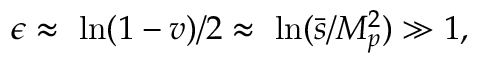
\epsilon \approx ~ \ln ( 1 - v ) / 2 \approx ~ \ln ( \bar { s } / { \cal M } _ { p } ^ { 2 } ) \gg 1 ,